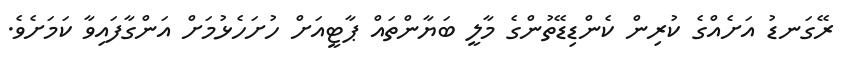
ރޭގަނޑު އަށެއްގެ ކުރިން ކެންޑިޑޭތުންގެ މާލީ ބަޔާންތައް ޕާޓީއަށް ހުށަހެޅުމަށް އަންގާފައިވާ ކަމަށެވެ.